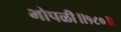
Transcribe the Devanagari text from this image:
भोपळी॥१८०॥